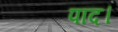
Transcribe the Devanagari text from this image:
पाद।